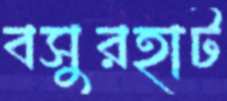
বসুরহাট